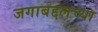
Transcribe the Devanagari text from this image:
जगाबद्दलच्या